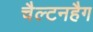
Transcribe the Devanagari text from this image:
चैल्टनहैग